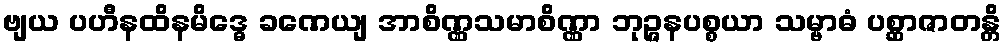
ဗျယ ပဟီနထိနမိဒ္ဓေ ခဏေယျ အာစိဏ္ဏသမာစိဏ္ဏာ ဘုဉ္ဇနပစ္စယာ သမ္ဗာဓံ ပစ္ဆာဇာတန္တိ